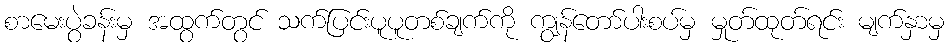
စာမေးပွဲခန်းမှ အထွက်တွင် သက်ပြင်းပူပူတစ်ချက်ကို ကျွန်တော်ပါးစပ်မှ မှုတ်ထုတ်ရင်း မျက်နှာမှ